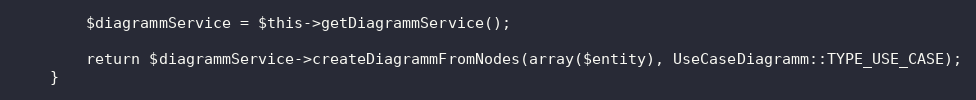
Language: PHP
        $diagrammService = $this->getDiagrammService();

        return $diagrammService->createDiagrammFromNodes(array($entity), UseCaseDiagramm::TYPE_USE_CASE);
    }